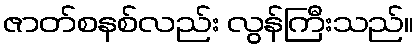
ဇာတ်စနစ်လည်း လွန်ကြီးသည်။